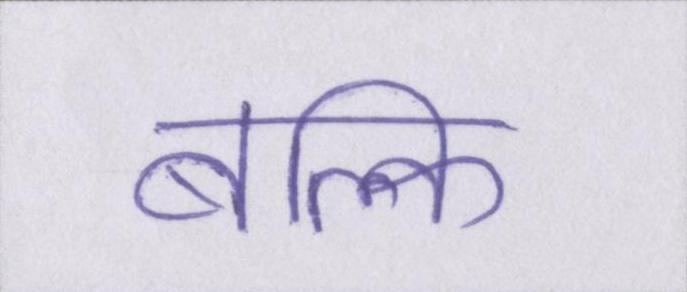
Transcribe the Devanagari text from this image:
बल्कि